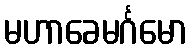
မဟာခေမင်္ဂမော